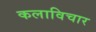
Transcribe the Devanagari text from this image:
कलाविचार